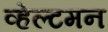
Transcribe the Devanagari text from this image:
व्हेल्टमन